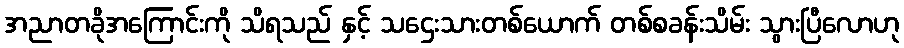
အညာတခိုအကြောင်းကို သိရသည် နှင့် သဌေးသားတစ်ယောက် တစ်စခန်းသိမ်း သွားပြီလောဟု